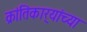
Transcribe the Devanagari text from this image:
क्रांतिकार्‍यांच्या